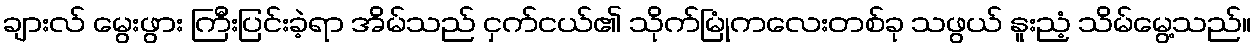
ချားလ် မွေးဖွား ကြီးပြင်းခဲ့ရာ အိမ်သည် ငှက်ငယ်၏ သိုက်မြုံကလေးတစ်ခု သဖွယ် နူးညံ့ သိမ်မွေ့သည်။